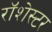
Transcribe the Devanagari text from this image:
रॉशेस्टर